system: You are a helpful assistant.
user:
Analyze the provided spectrum to determine if it is a **S-type Star**.

- **Key Indicators for S-type Star:**

    - **(Overall Spectrum Shape):** The first and most obvious characteristic is the overall continuum (the "baseline" shape). It is **extremely "red-sloping,"** meaning the flux (light intensity) is very low on the left side (blue, ~4000-4500 Å) and rises steeply and continuously toward the right side (red, ~7000 Å+).

    - **(Primary):** The spectrum is defined by the presence of strong, broad molecular absorption "valleys" (bands) from **Zirconium Oxide (ZrO)**. The identification of these bands is the **primary requirement** for classifying a star as S-type.
        - **(Key Bandheads):** You must find distinct, deep "dips" where the light has been absorbed. The most critical band systems to locate are:
            - **~6474 Å** ($\gamma$-system): This is often the strongest and clearest ZrO feature, found in the red part of the spectrum.
            - **~5718 Å** & **~5551 Å** ($\beta$-system): A pair of prominent absorption features in the yellow-orange part of the spectrum.
            - **~4640 Å** ($\alpha$-system): A key absorption band system in the blue-green region of the spectrum.

    - **(Secondary Confirmation):** The classification is strengthened by finding additional absorption bands from other related heavy element oxides, which are expected to be present alongside ZrO.
        - **(Key Bandheads):**
            - **Yttrium Oxide (YO):** Look for absorption dips near **~4800 Å** and **~6100 Å**.
            - **Lanthanum Oxide (LaO):** Additional absorption features, particularly in the red-orange part of the spectrum, are also characteristic.

    - **(Line Profile):** The combination of the steep red continuum and these numerous, deep molecular bands (ZrO, YO, etc.) gives the entire spectrum a very **"chopped-up"** or **"bumpy"** appearance. Instead of a smooth curve, the spectrum looks as though large, wide chunks of light have been "carved out" of it at the specific wavelengths listed above.

Think first, call **spectral_visualization_tool** if needed to examine features in detail, then provide your final answer. Your response must adhere to the following strict rules:
1.  **Overall Structure:** Your response must follow the format `<think>...</think> <tool_call>...</tool_call> (if a tool is used) <answer>...</answer>`.
2.  **Tool Usage Constraint:** You may only make **one** tool call per turn.
3.  **Final Answer Format:** In the `<answer>` tag, your conclusion must be inside a `\boxed{}` command (e.g., `\boxed{YES}` or `\boxed{NO}`), followed by your justification.

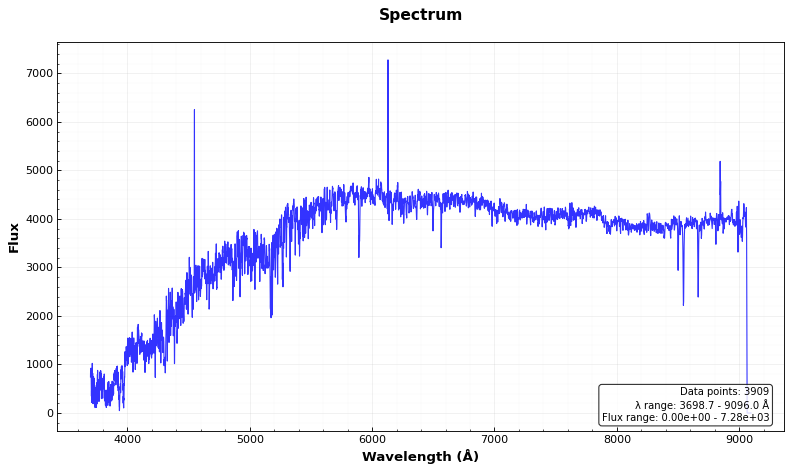
Answer: NO